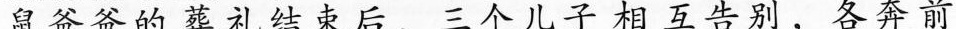
鼠爸爸的葬礼结束后，三个儿子相互告别，各奔前